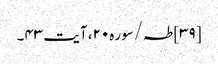
[۳۹] طہ/سوره۲۰، آیت ۴۳۔